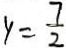
y = \frac { 7 } { 2 }